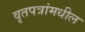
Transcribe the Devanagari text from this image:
वृतपत्रांमधील